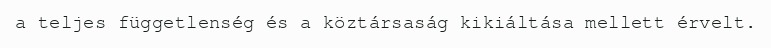
a teljes függetlenség és a köztársaság kikiáltása mellett érvelt.